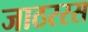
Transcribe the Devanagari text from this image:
जाठररस